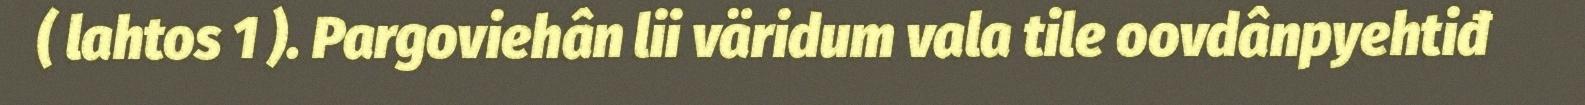
( lahtos 1 ). Pargoviehân lii väridum vala tile oovdânpyehtiđ